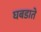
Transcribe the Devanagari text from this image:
घबडाते